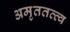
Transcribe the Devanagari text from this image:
अमृततत्त्व